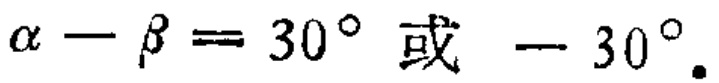
$\alpha - \beta = 30^{\circ} \text{ 或 } - 30^{\circ}.$